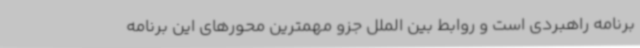
برنامه راهبردی است و روابط بین الملل جزو مهمترین محورهای این برنامه